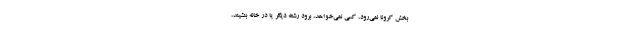
بخش کرونا نمی‌رود، کسی نمی‌خواهد، برود رشته دیگر یا در خانه بنشیند،